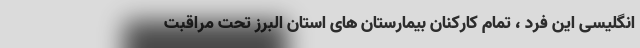
انگلیسی این فرد ، تمام کارکنان بیمارستان های استان البرز تحت مراقبت